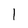
Character: 1